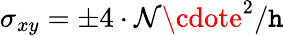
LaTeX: \sigma_{xy}=\pm{4\cdot\mathcal{N}\cdote^{2}}/\mathtt{h}